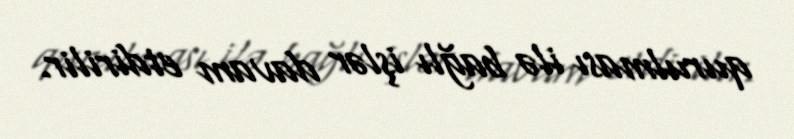
qurulması ilə bağlı işlər davam etdirilir.